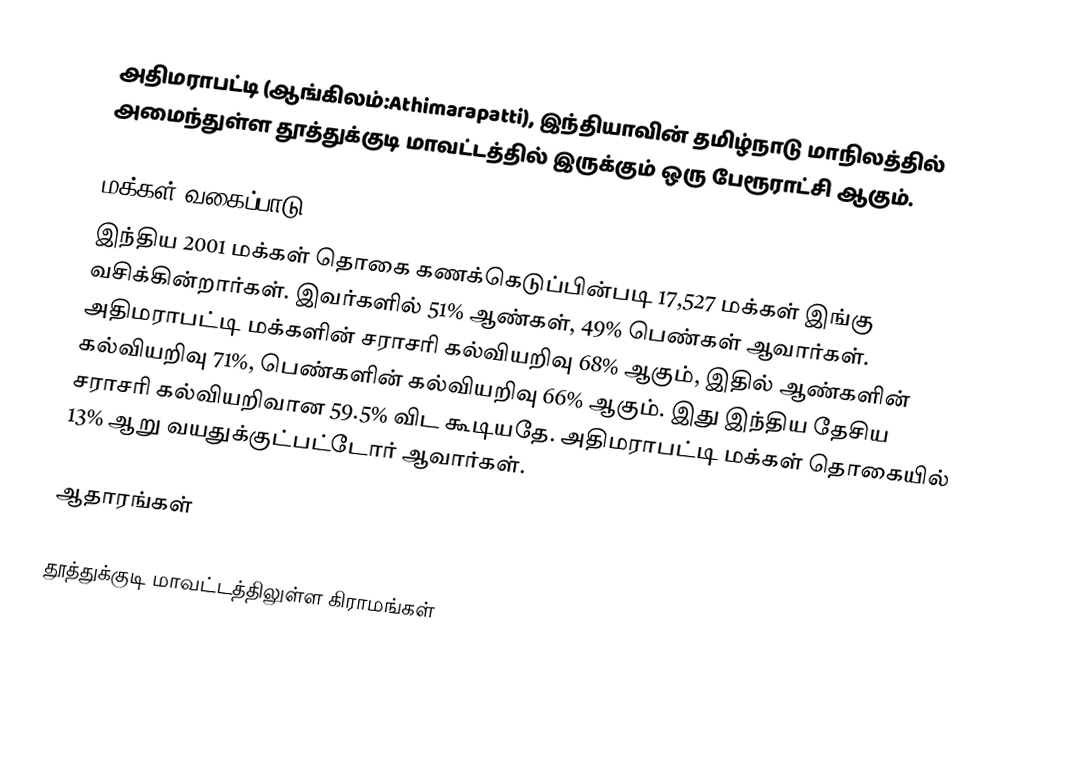
அதிமராபட்டி (ஆங்கிலம்:Athimarapatti), இந்தியாவின் தமிழ்நாடு மாநிலத்தில் அமைந்துள்ள தூத்துக்குடி மாவட்டத்தில் இருக்கும் ஒரு பேரூராட்சி ஆகும்.

மக்கள் வகைப்பாடு
இந்திய 2001 மக்கள் தொகை கணக்கெடுப்பின்படி 17,527 மக்கள் இங்கு வசிக்கின்றார்கள். இவர்களில் 51% ஆண்கள், 49% பெண்கள் ஆவார்கள். அதிமராபட்டி மக்களின் சராசரி கல்வியறிவு 68% ஆகும்,  இதில் ஆண்களின் கல்வியறிவு 71%,  பெண்களின் கல்வியறிவு 66% ஆகும். இது இந்திய தேசிய சராசரி கல்வியறிவான 59.5% விட கூடியதே. அதிமராபட்டி மக்கள் தொகையில் 13%  ஆறு வயதுக்குட்பட்டோர் ஆவார்கள்.

ஆதாரங்கள்

தூத்துக்குடி மாவட்டத்திலுள்ள கிராமங்கள்